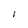
Character: I